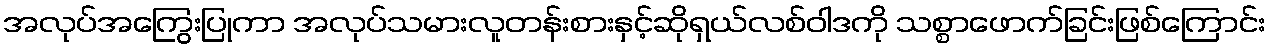
အလုပ်အကြွေးပြုကာ အလုပ်သမားလူတန်းစားနှင့်ဆိုရှယ်လစ်ဝါဒကို သစ္စာဖောက်ခြင်းဖြစ်ကြောင်း